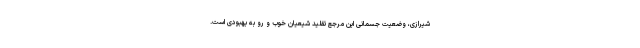
شیرازی، وضعیت جسمانی این مرجع تقلید شیعیان خوب و رو به بهبودی است.